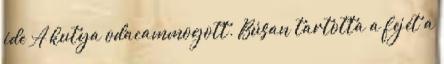
ide A kutya odacammogott. Búsan tartotta a fejét a